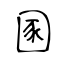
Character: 圂